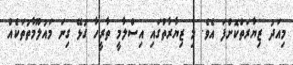
މިއަދު ޒިޔާރަތްކޮށްފަ އެވެ. މި ޒިޔާރާތުގައި އިސްލާމީ ތާރީހާ ގުޅޭ ގިނަ މައުލޫމާތުތަކެއް